Manual of the Civil Veterinary Department, Central Provinces and Berar
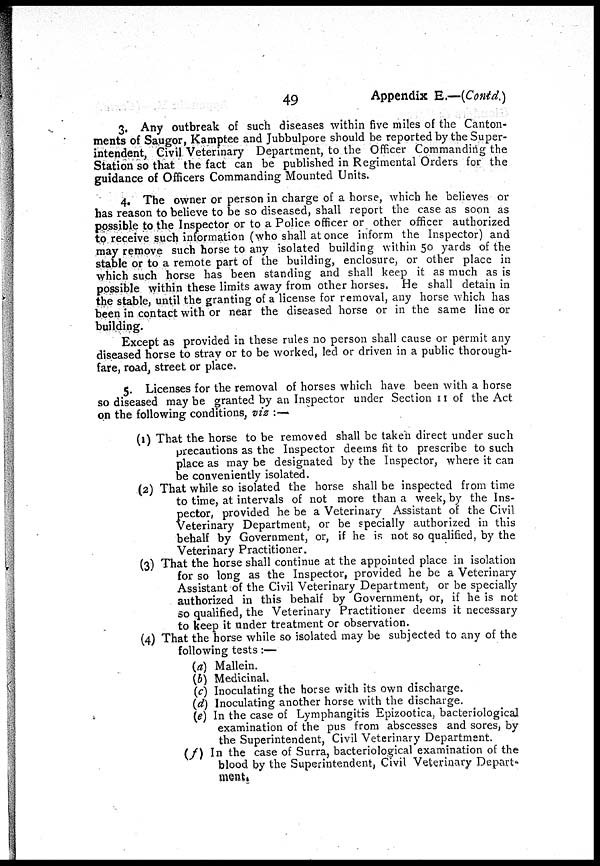
49
Appendix E.—(Contd.)
3. Any outbreak of such diseases within five miles of the Canton-
ments of Saugor, Kamptee and Jubbulpore should be reported by the Super-
intendent, Civil Veterinary Department, to the Officer Commanding the
Station so that the fact can be published in Regimental Orders for the
guidance of Officers Commanding Mounted Units.
4. The owner or person in charge of a horse, which he believes or
has reason to believe to be so diseased, shall report the case as soon as
possible to the Inspector or to a Police officer or other officer authorized
to receive such information (who shall at once inform the Inspector) and
may remove such horse to any isolated building within 50 yards of the
stable or to a remote part of the building, enclosure, or other place in
which such horse has been standing and shall keep it as much as is
possible within these limits away from other horses. He shall detain in
the stable, until the granting of a license for removal, any horse which has
been in contact with or near the diseased horse or in the same line or
building.
Except as provided in these rules no person shall cause or permit any
diseased horse to stray or to be worked, led or driven in a public thorough-
fare, road, street or place.
5. Licenses for the removal of horses which have been with a horse
so diseased may be granted by an Inspector under Section 11 of the Act
on the following conditions, viz :—
(1) That the horse to be removed shall be taken direct under such
precautions as the Inspector deems fit to prescribe to such
place as may be designated by the Inspector, where it can
be conveniently isolated.
(2) That while so isolated the horse shall be inspected from time
to time, at intervals of not more than a week, by the Ins-
pector, provided he be a Veterinary Assistant of the Civil
Veterinary Department, or be specially authorized in this
behalf by Government, or, if he is not so qualified, by the
Veterinary Practitioner.
(3) That the horse shall continue at the appointed place in isolation
for so long as the Inspector, provided he be a Veterinary
Assistant of the Civil Veterinary Department, or be specially
authorized in this behalf by Government, or, if he is not
so qualified, the Veterinary Practitioner deems it necessary
to keep it under treatment or observation.
(4) That the horse while so isolated may be subjected to any of the
following tests :—
(a) Mallein.
(b) Medicinal.
(c) Inoculating the horse with its own discharge.
(d) Inoculating another horse with the discharge.
(e) In the case of Lymphangitis Epizootica, bacteriological
examination of the pus from abscesses and sores, by
the Superintendent, Civil Veterinary Department.
(f) In the case of Surra, bacteriological examination of the
blood by the Superintendent, Civil Veterinary Depart-
ment.